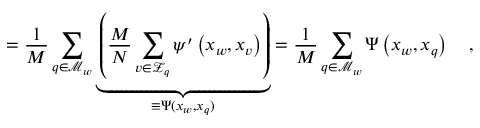
= \frac { 1 } { M } \sum _ { q \in \mathcal { M } _ { w } } \underbrace { \left( \frac { M } { N } \sum _ { v \in \mathcal { Z } _ { q } } \psi ^ { \prime } \left( x _ { w } , x _ { v } \right) \right) } _ { \equiv \Psi ( x _ { w } , x _ { q } ) } = \frac { 1 } { M } \sum _ { q \in \mathcal { M } _ { w } } \Psi \left( x _ { w } , x _ { q } \right) \quad ,